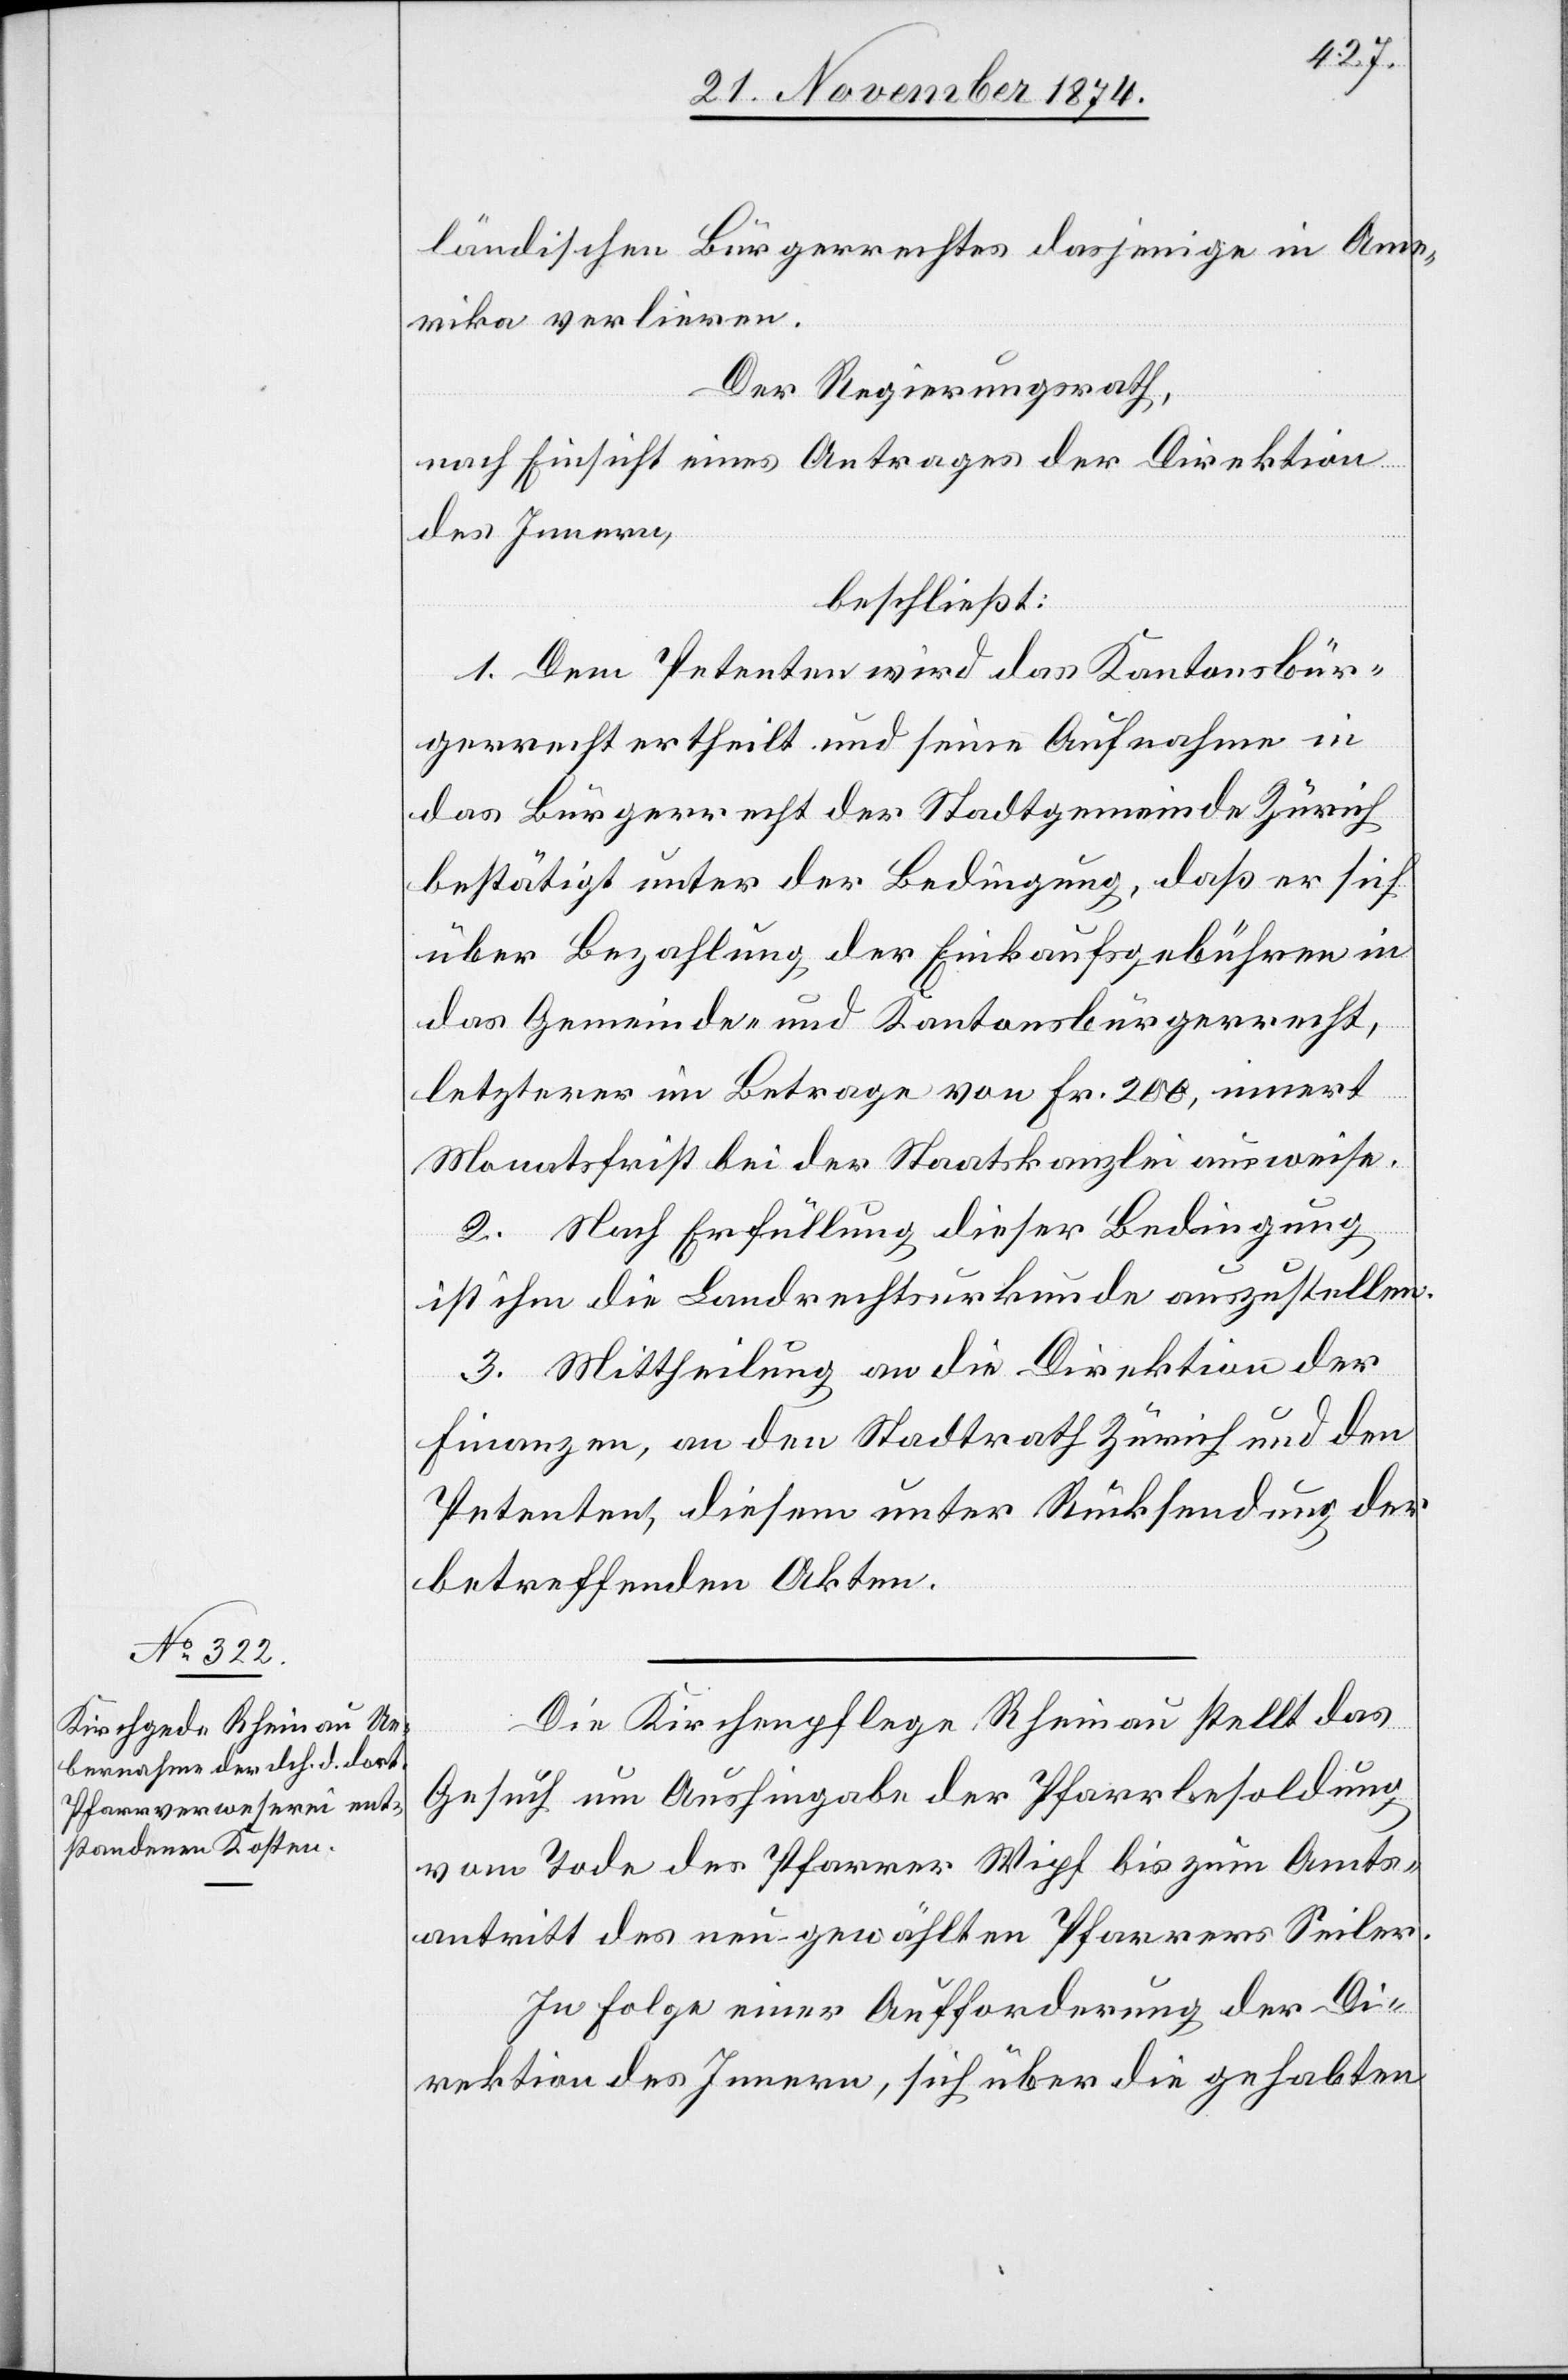
Die Kirchenpflege Rheinau stellt das
Gesuch um Aushingabe der Pfarrbesoldung
vom Tode des Pfarrers Wipf bis zum Amts¬
antritt des neu gewählten Pfarrers Seiler.
In Folge einer Aufforderung der Di¬
rektion des Innern, sich über die gehabten